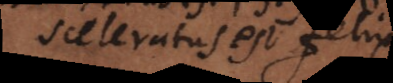
sceleratus est felix.